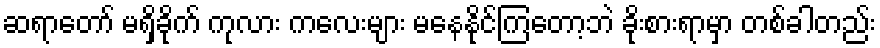
ဆရာတော် မရှိခိုက် ကုလား ကလေးများ မနေနိုင်ကြတော့ဘဲ ခိုးစားရာမှာ တစ်ခါတည်း